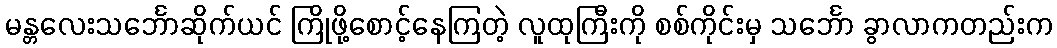
မန္တလေးသင်္ဘောဆိုက်ယင် ကြိုဖို့စောင့်နေကြတဲ့ လူထုကြီးကို စစ်ကိုင်းမှ သင်္ဘော ခွာလာကတည်းက